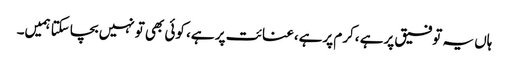
ہاں یہ توفیق پرہے ،کرم پرہے،عنائت پر ہے، کوئی بھی تونہیں بچاسکتا ہمیں۔